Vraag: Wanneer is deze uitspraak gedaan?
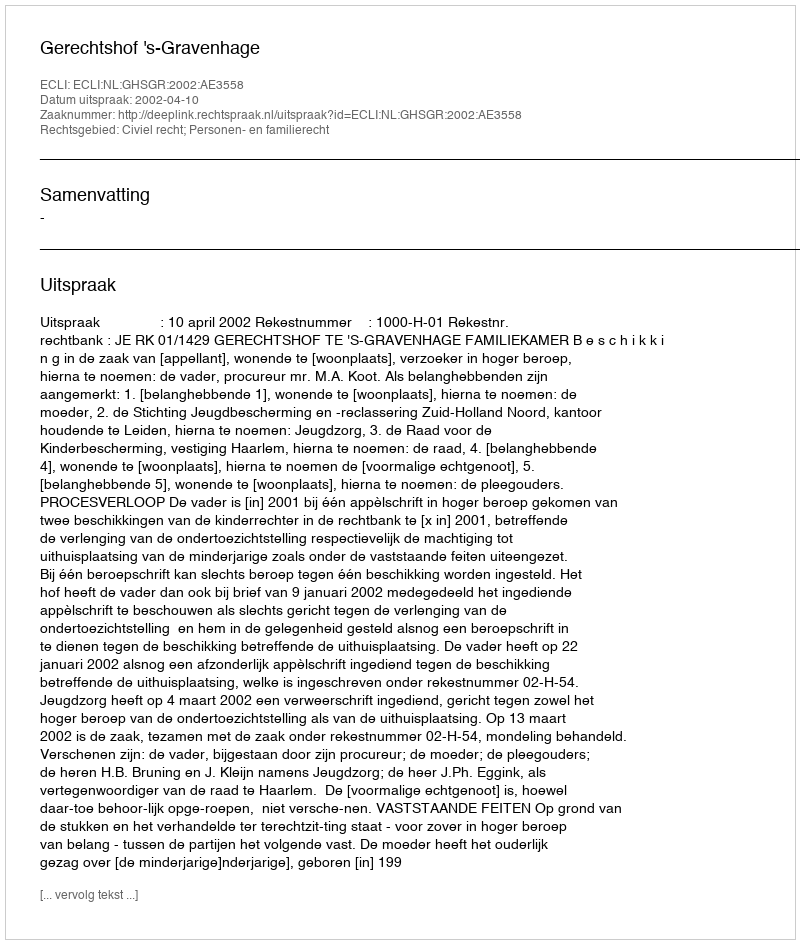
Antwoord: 2002-04-10